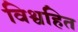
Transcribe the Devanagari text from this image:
विश्वहित